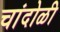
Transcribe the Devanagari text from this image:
चांदोळी